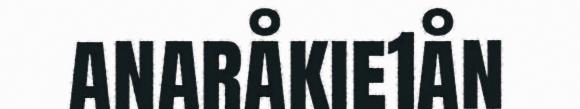
anaråkie1ån